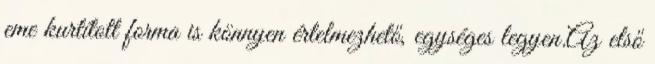
eme kurtított forma is könnyen értelmezhető, egységes legyen.Az első